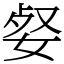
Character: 㛑